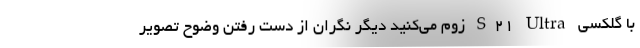
با گلکسی S21 Ultra زوم می‌کنید دیگر نگران از دست رفتن وضوح تصویر